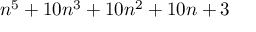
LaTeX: n ^ { 5 } + 1 0 n ^ { 3 } + 1 0 n ^ { 2 } + 1 0 n + 3